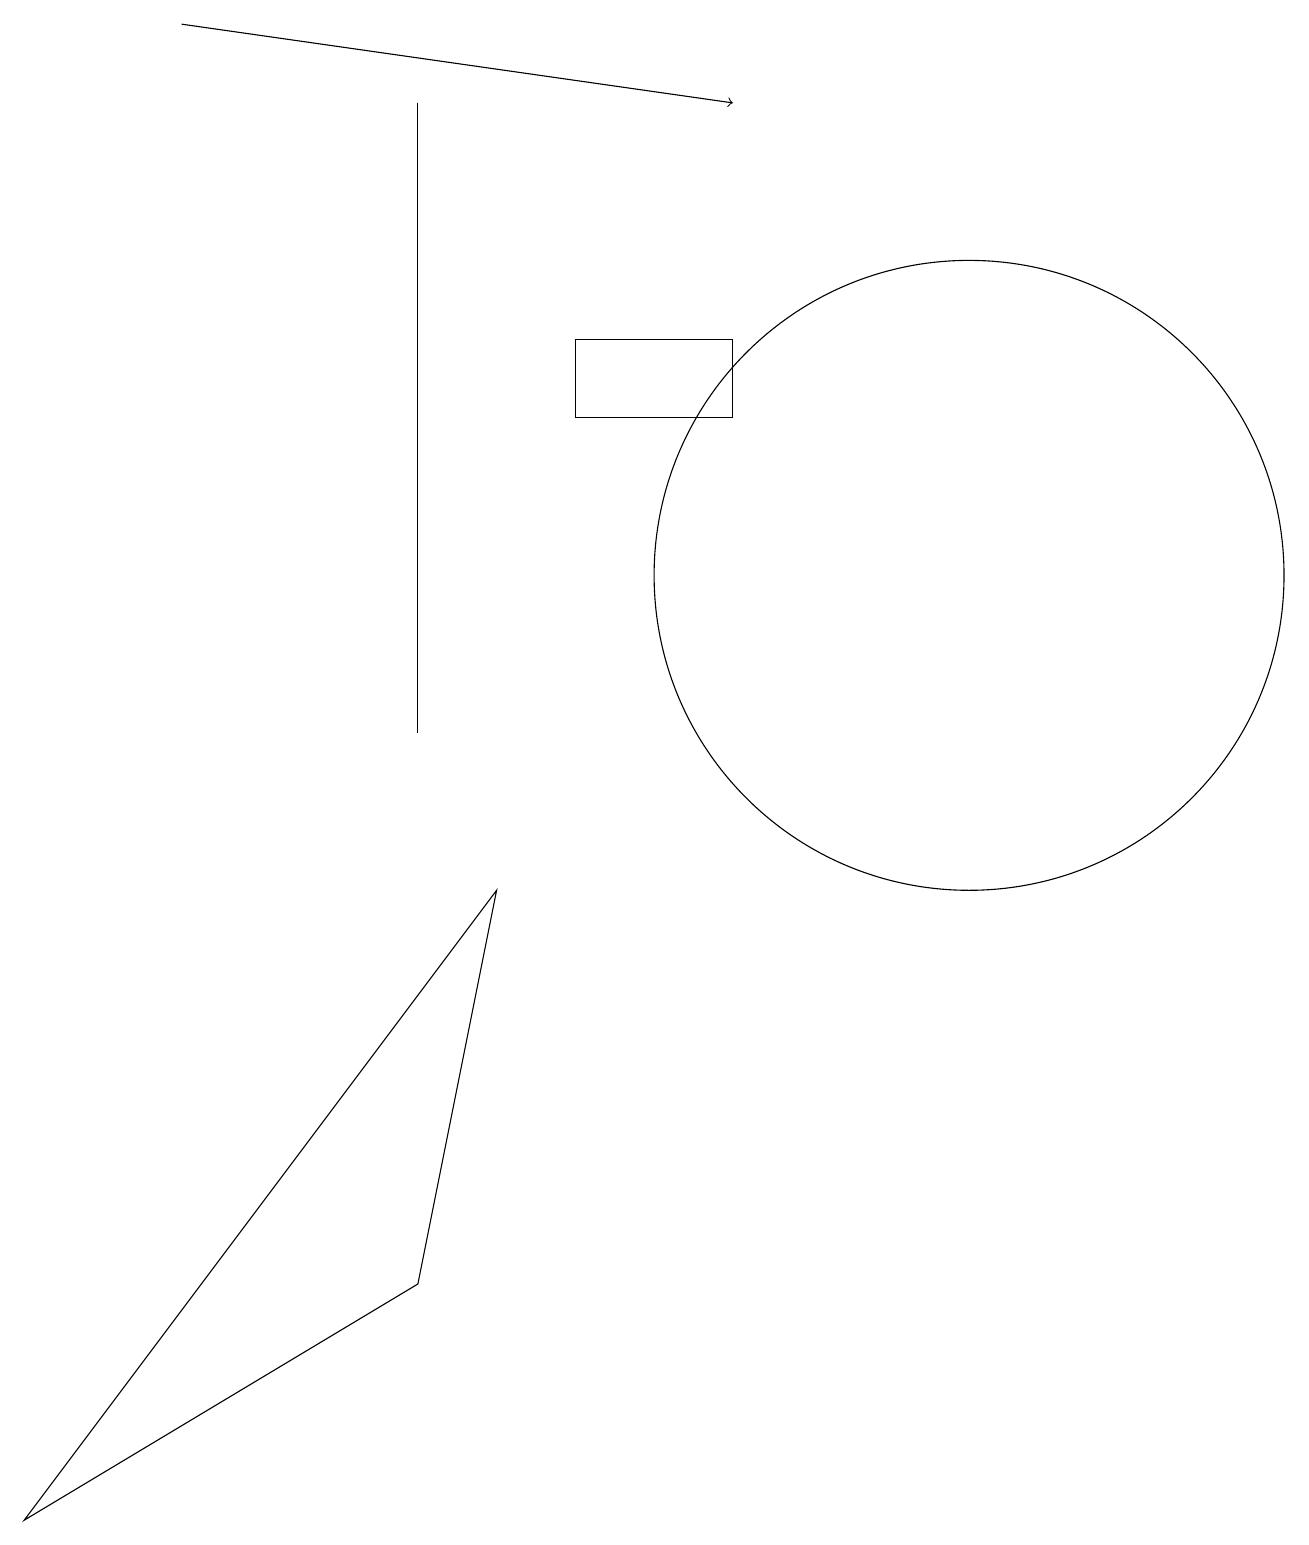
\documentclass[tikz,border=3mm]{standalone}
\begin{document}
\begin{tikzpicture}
\draw (12,12) circle (4);
\draw (5,18) rectangle (5,10);
\draw (7,15) rectangle (9,14);
\draw (9,18) rectangle (9,18);
\draw[->] (2,19) -- (9,18);
\draw (0,0) -- (6,8) -- (5,3) -- cycle;
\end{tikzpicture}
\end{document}